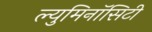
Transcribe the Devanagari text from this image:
ल्युमिनॉसिटी